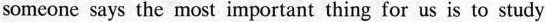
someone says the most important thing for us is to study